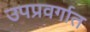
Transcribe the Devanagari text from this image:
उपप्रवर्गात